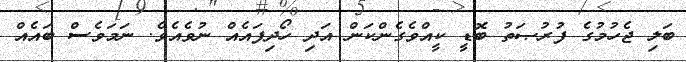
ބަލި ޖެހުމުގެ ފުރުޞަތު ބޮޑީ ކީއްވެގެންކަން އަދި ހޯދިފައެއް ނުވެއެވެ. ނަމަވެސް ބައެއް